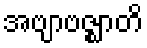
အဗျာဗဇ္ဈာတိ